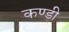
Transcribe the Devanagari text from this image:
कण्डी